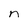
Character: n